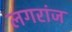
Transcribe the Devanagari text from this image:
लगरांज